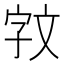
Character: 𫿰